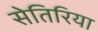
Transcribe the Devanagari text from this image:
सेतिरिया